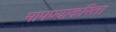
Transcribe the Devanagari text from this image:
मापण्याकरिता